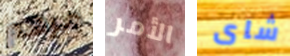
مرهم الأمر شاى